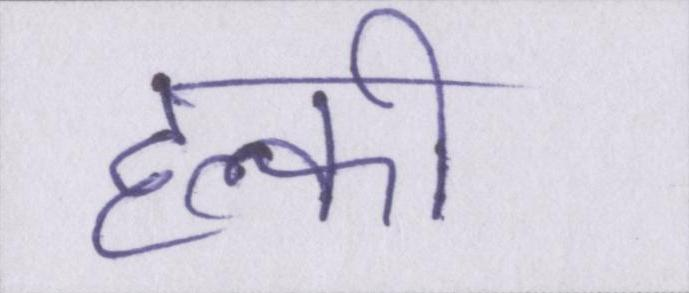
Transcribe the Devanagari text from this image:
हल्की